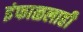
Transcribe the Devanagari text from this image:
इंफाळलाही